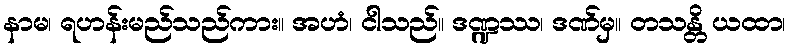
နာမ၊ ရဟန်းမည်သည်ကား။ အဟံ၊ ငါသည်။ ဒဏ္ဍဿ၊ ဒဏ်မှ။ တသန္တိ ယထာ၊